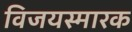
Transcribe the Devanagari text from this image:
विजयस्मारक